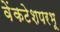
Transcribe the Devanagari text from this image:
वेंकटेशपरभू